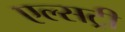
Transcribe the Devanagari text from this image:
एल्सट्री